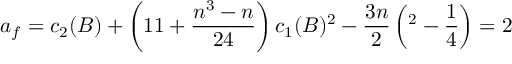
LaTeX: a _ { f } = c _ { 2 } ( B ) + \left( 1 1 + \frac { n ^ { 3 } - n } { 2 4 } \right) c _ { 1 } ( B ) ^ { 2 } - \frac { 3 n } { 2 \l } \left( \l ^ { 2 } - \frac { 1 } { 4 } \right) = 2